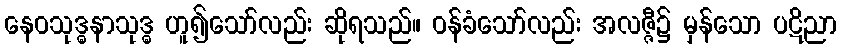
နေဝသုဒ္ဓနာသုဒ္ဓ ဟူ၍သော်လည်း ဆိုရသည်။ ဝန်ခံသော်လည်း အလဇ္ဇီ၌ မှန်သော ပဋိညာ